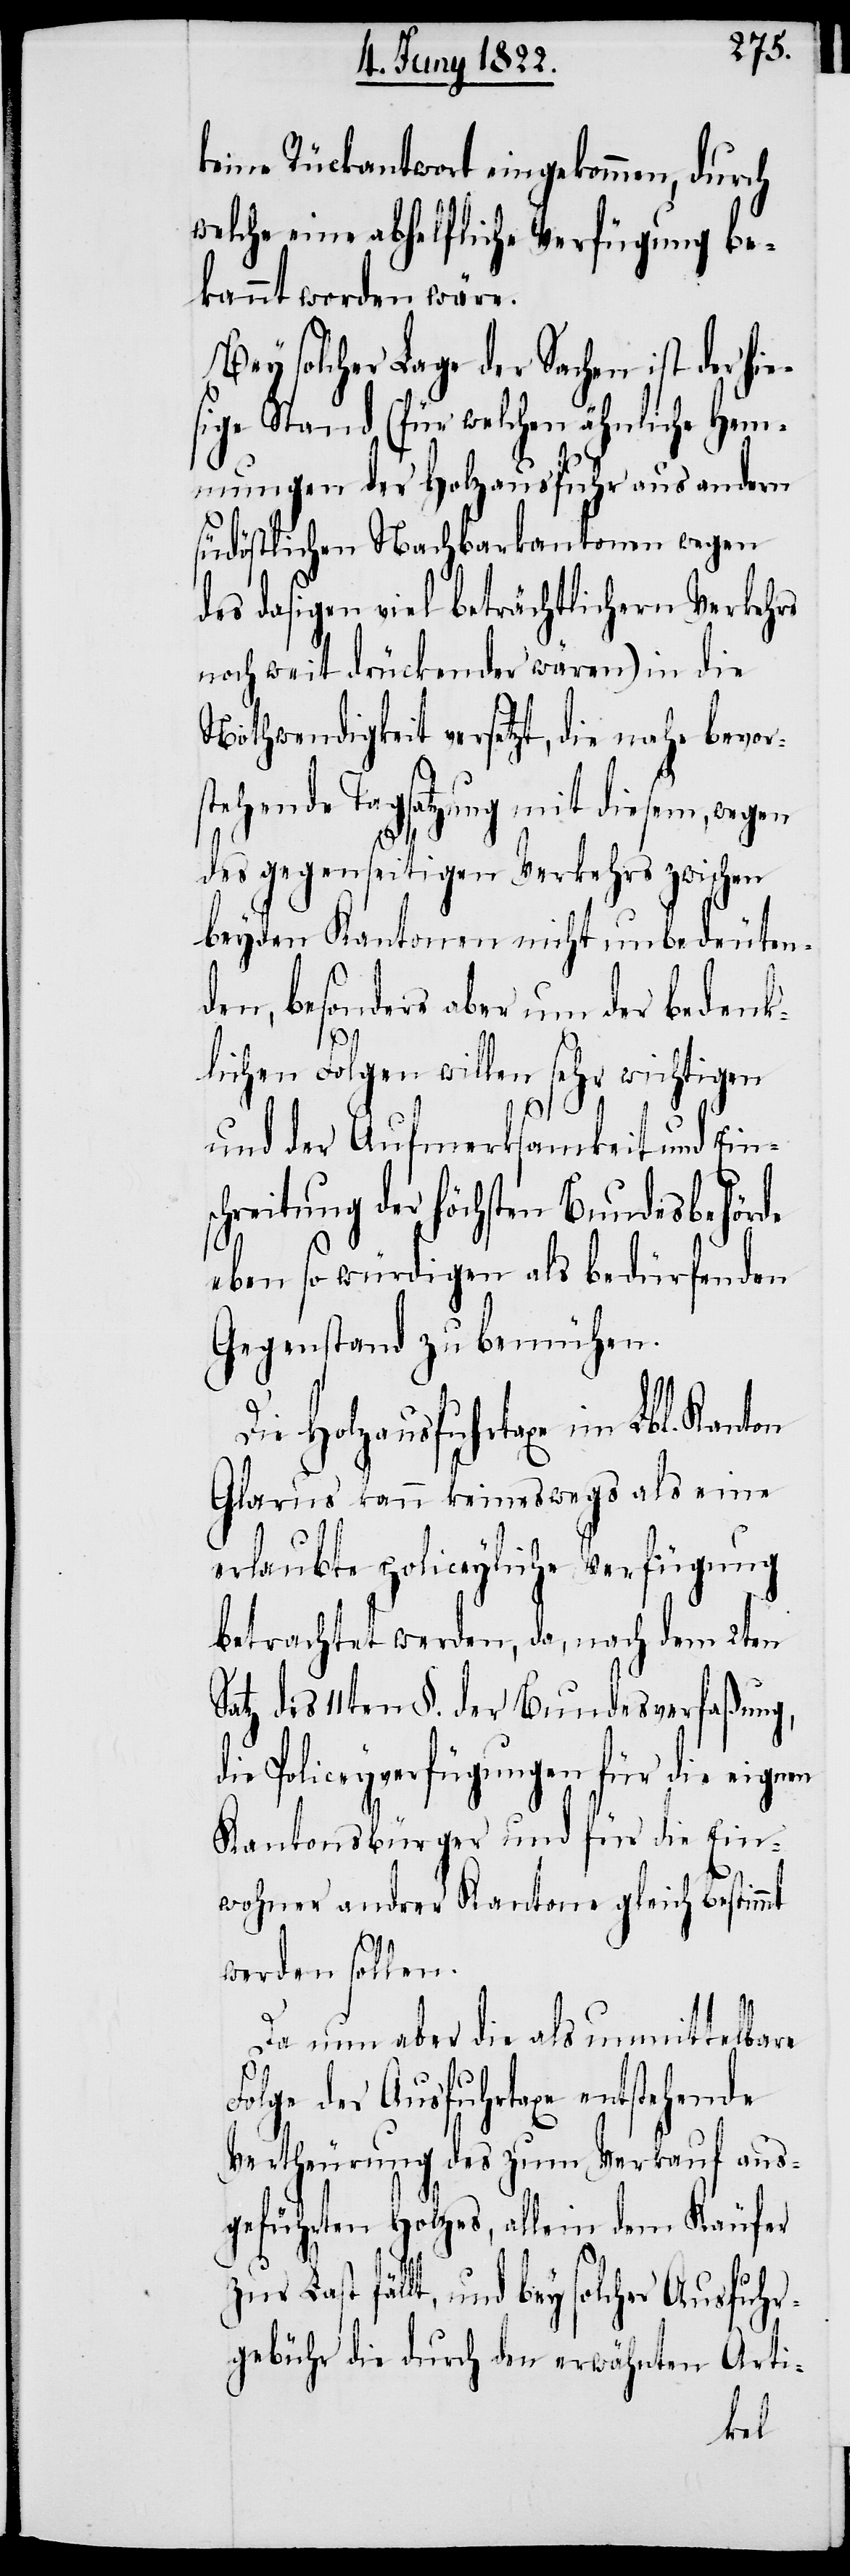
keine Rückantwort eingekommen, durch
welche eine abhelfliche Verfügung be¬
kannt worden wäre.
Bey solcher Lage der Sachen ist der hie¬
sige Stand (für welchen ähnliche Hem¬
mungen der Holzausfuhr aus andern
südöstlichen Nachbarkantonen wegen
des dasigen viel beträchtlichern Verkehrs
noch weit drückender wären) in die
Nothwendigkeit versetzt, die nahe bevor¬
stehende Tagsatzung mit diesem, wegen
des gegenseitigen Verkehrs zwischen
beyden Kantonen nicht unbedeuten¬
den, besonders aber um der bedenk¬
lichen Folgen willen sehr wichtigen
und der Aufmerksamkeit und Eins¬
chreitung der höchsten Bundesbehörde
eben so würdigen als bedürfenden
Gegenstand zu bemühen.
Die Holzausfuhrtaxe im Lbl. Kan¬
Glarus kann keineswegs als eine
erlaubte policeyliche Verfügung
betrachtet werden, da, nach dem 2ten
Satz des 11ten §. der Bundesverfaßung,
die Policeyverfügungen für die eignen
Kantonsbürger und für die Ein¬
wohner andrer Kantone gleich bestimmt
werden sollen.
Da nun aber die als unmittelbare
Folge der Ausfuhrtaxe entstehende
Vertheurung des zum Verkauf aus¬
geführten Holzes, allein dem Käufer
zur Last fällt, und bey solcher Ausfuhr¬
gebühr die durch den erwähnten Arti-
ton